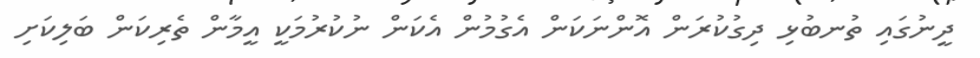
ދީނުގައި ތުނބުޅި ދިގުކުރަން އޮންނަކަން އެގުމުން އެކަން ނުކުރުމަކީ އީމާން ތެރިކަން ބަލިކަށި